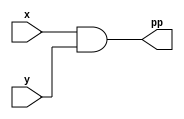
// Wallace tree:

`timescale 1ns / 1ps

module partial_product(
    input x,
    input y,
    output pp
    );
    assign pp = x & y;  
endmodule

module not_partial_product(
    input x,
    input y,
    output pp
    );
    assign pp = ~(x & y);  
endmodule

module half_adder(
    input x,
    input y,
    output sum,
    output carry
    );
    assign sum = x ^ y;
    assign carry = x & y;
endmodule

module full_adder(
    input x,
    input y,
    input cin,
    output sum,
    output carry
    );
    assign sum = x ^ y ^ cin;
    assign carry = (x&y) + (cin & (x^y));
endmodule

module bit4_signed_multiplier(
    input [3:0] A,
    input [3:0] B,
    output [8:0] Out
    );
   
    wire p00, p01, p02, p03, p10, p11, p12, p13, p20, p21, p22, p23, p30, p31, p32, p33;
   
    partial_product P1(.x(A[0]), .y(B[0]), .pp(p00));
    partial_product P2(.x(A[1]), .y(B[0]), .pp(p10));
    partial_product P3(.x(A[2]), .y(B[0]), .pp(p20));
    not_partial_product P4(.x(A[3]), .y(B[0]), .pp(p30));
   
    partial_product P5(.x(A[0]), .y(B[1]), .pp(p01));
    partial_product P6(.x(A[1]), .y(B[1]), .pp(p11));
    partial_product P7(.x(A[2]), .y(B[1]), .pp(p21));
    not_partial_product P8(.x(A[3]), .y(B[1]), .pp(p31));
   
    partial_product P9(.x(A[0]), .y(B[2]), .pp(p02));
    partial_product P10(.x(A[1]), .y(B[2]), .pp(p12));
    partial_product P11(.x(A[2]), .y(B[2]), .pp(p22));
    not_partial_product P12(.x(A[3]), .y(B[2]), .pp(p32));
   
    not_partial_product P13(.x(A[0]), .y(B[3]), .pp(p03));
    not_partial_product P14(.x(A[1]), .y(B[3]), .pp(p13));
    not_partial_product P15(.x(A[2]), .y(B[3]), .pp(p23));
    partial_product P16(.x(A[3]), .y(B[3]), .pp(p33));
       
    wire c[14:0];
    wire s[7:0];
   
    assign Out[0] = p00;
   
    half_adder H1(.x(p10), .y(p01), .sum(Out[1]), .carry(c[0]));
    full_adder F1(.x(p20), .y(p11), .cin(p02), .sum(s[0]), .carry(c[1]));
    full_adder F2(.x(p03), .y(p21), .cin(p12), .sum(s[1]), .carry(c[2]));
    full_adder F3(.x(p22), .y(p13), .cin(1'b1), .sum(s[2]), .carry(c[3]));
    half_adder H2(.x(p32), .y(p23), .sum(s[3]), .carry(c[4]));
   
    half_adder H3(.x(c[0]), .y(s[0]), .sum(Out[2]), .carry(c[5]));
    full_adder F4(.x(c[1]), .y(p30), .cin(s[1]), .sum(s[4]), .carry(c[6]));
    full_adder F5(.x(c[2]), .y(p31), .cin(s[2]), .sum(s[5]), .carry(c[7]));
    half_adder H4(.x(c[3]), .y(s[3]), .sum(s[6]), .carry(c[8]));
    half_adder H5(.x(c[4]), .y(p33), .sum(s[7]), .carry(c[9]));
   
    half_adder H6(.x(c[5]), .y(s[4]), .sum(Out[3]), .carry(c[10]));
   
    full_adder F6(.x(c[10]), .y(c[6]), .cin(s[5]), .sum(Out[4]), .carry(c[11]));
   
    full_adder F7(.x(c[11]), .y(c[7]), .cin(s[6]), .sum(Out[5]), .carry(c[12]));
   
    full_adder F8(.x(c[12]), .y(c[8]), .cin(s[7]), .sum(Out[6]), .carry(c[13]));
   
    full_adder F9(.x(c[13]), .y(c[9]), .cin(1'b1), .sum(Out[7]), .carry(c[14]));
   
    assign Out[8] = ~c[14];
endmodule